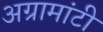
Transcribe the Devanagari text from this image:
अग्रामांटी